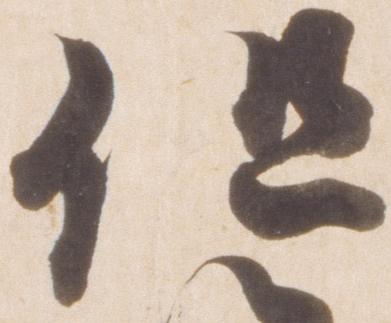
但